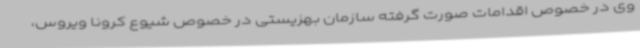
وی در خصوص اقدامات صورت گرفته سازمان بهزیستی در خصوص شیوع کرونا ویروس،